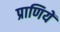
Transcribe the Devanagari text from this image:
प्राणियें